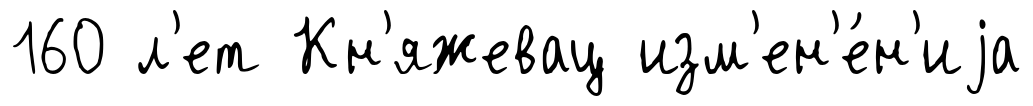
160 л'ет Кн'яжевац изм'ен'е́н'иjа